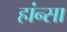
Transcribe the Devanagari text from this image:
हांन्सा